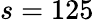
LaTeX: s=125